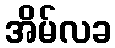
အိမ်လခ